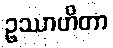
ဥဿာဟိတာ